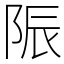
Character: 陙